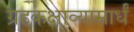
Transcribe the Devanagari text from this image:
ग्रहकक्षाव्यासार्धं